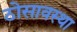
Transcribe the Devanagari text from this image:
ठोसावस्था